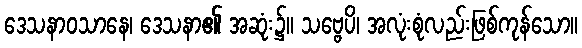
ဒေသနာဝသာနေ၊ ဒေသနာ၏ အဆုံး၌။ သဗ္ဗေပိ၊ အလုံးစုံလည်းဖြစ်ကုန်သော။